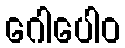
ဂေါပေါဝ